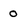
Character: 0